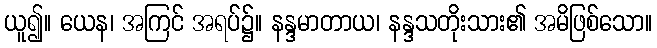
ယူ၍။ ယေန၊ အကြင် အရပ်၌။ နန္ဒမာတာယ၊ နန္ဒသတိုးသား၏ အမိဖြစ်သော။